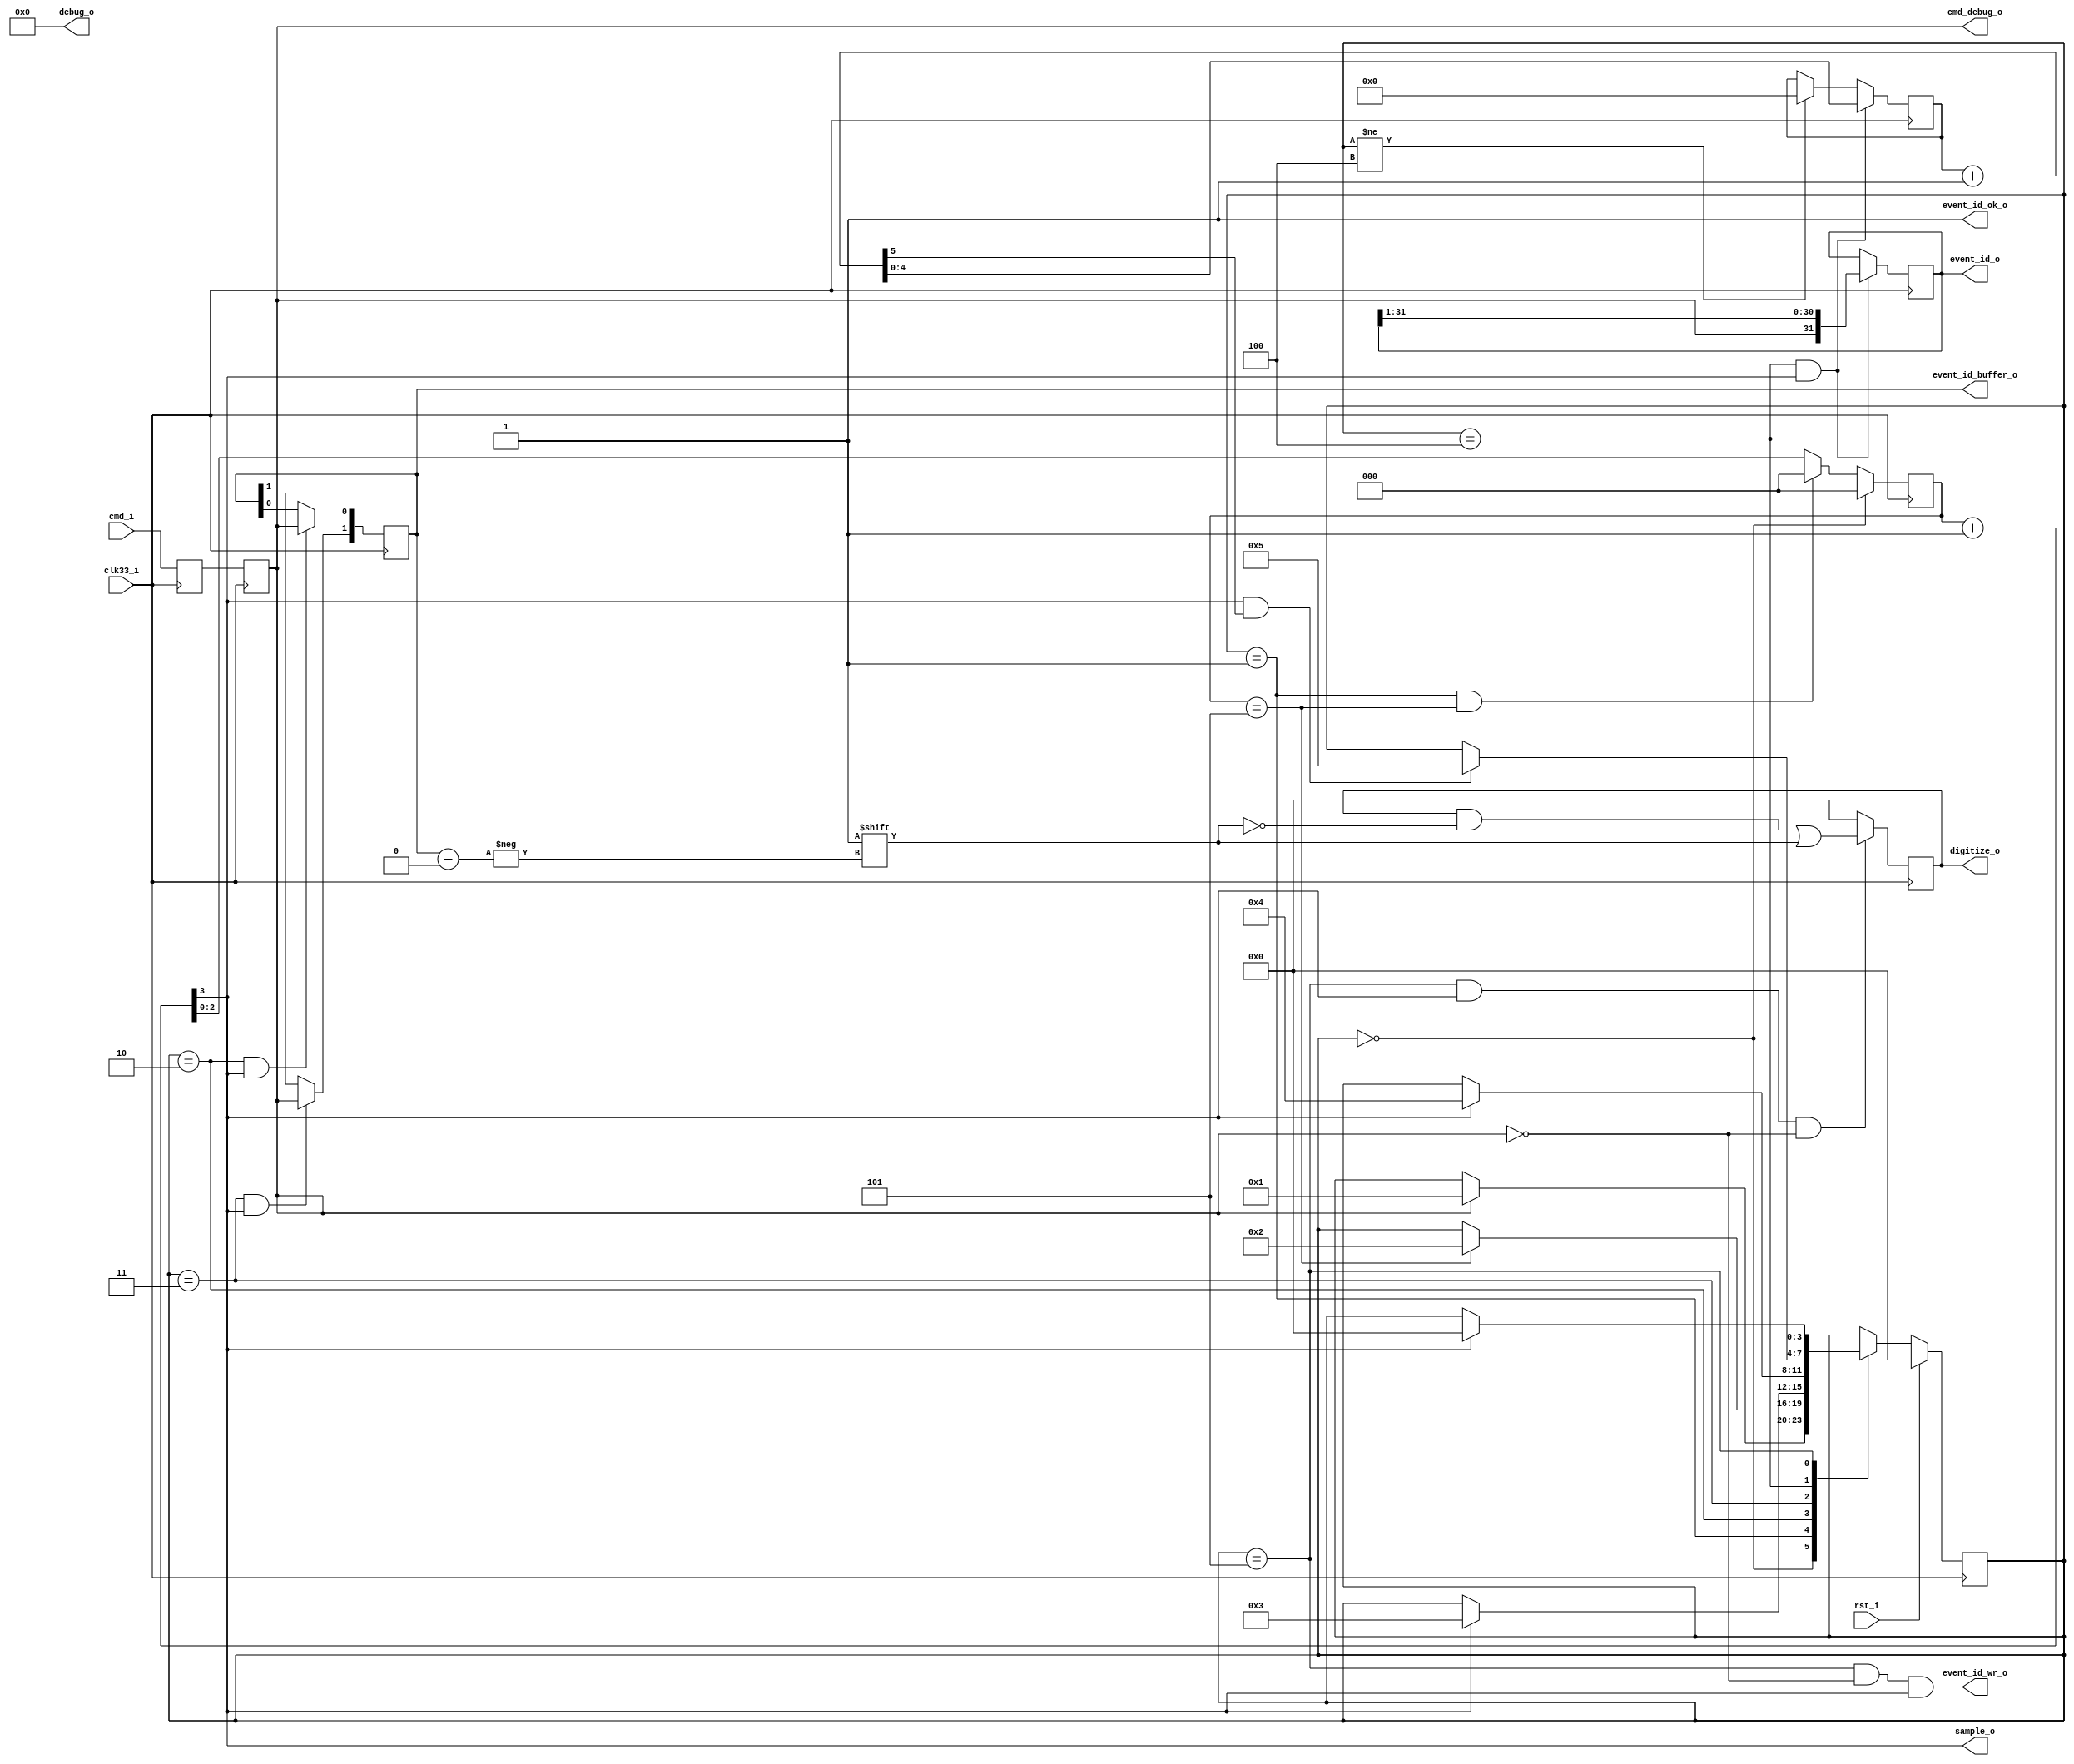
`timescale 1ns / 1ps
////////////////////////////////////////////////////////////////////////////////
// This file is a part of the Antarctic Impulsive Transient Antenna (ANITA)
// project, a collaborative scientific effort between multiple institutions. For
// more information, contact Peter Gorham (gorham@phys.hawaii.edu).
//
// All rights reserved.
//
// Author:
// Author:
////////////////////////////////////////////////////////////////////////////////
// The v2 version works at 1/8th the clock rate, to comfortably accept arbitrary
// jitter and phase difference between transmitter/receiver. 
module SURF_command_receiver_v2( 
				   input         clk33_i,
			      input 	    rst_i,
			      input 	    cmd_i,
					output		 cmd_debug_o,
					output		 sample_o,
					output		 event_id_ok_o,
			      output [1:0]  event_id_buffer_o,
			      output 	    event_id_wr_o,
			      output [31:0] event_id_o,
			      output [3:0]  digitize_o,
					output [8:0]  debug_o);
	localparam NCLOCK_BITS = 3;
	localparam NWAIT_CLOCKS = 6;
   (* IOB = "TRUE" *)
   reg 					    	 cmd_in = 0;
	reg							 cmd_in_sync = 0;
	
   reg [1:0] 				    buf_bit = {2{1'b0}};   
   reg [31:0] 				    shift_in = {32{1'b0}};   
   reg [4:0] 				    shift_counter = {5{1'b0}};
   wire [5:0] 				    shift_counter_plus_one = shift_counter + 1;
   reg [3:0] 				    digitize_flag = {4{1'b0}};   
	reg [NCLOCK_BITS-1:0] counter = {NCLOCK_BITS{1'b0}};
	wire [NCLOCK_BITS:0] counter_plus_one = counter + 1;
   
   always @(posedge clk33_i) begin : IOB_LOGIC
      cmd_in <= cmd_i;
		cmd_in_sync <= cmd_in;
	end

   localparam FSM_BITS = 4;
   localparam [FSM_BITS-1:0] IDLE = 0;
	localparam [FSM_BITS-1:0] WAIT = 1;
   localparam [FSM_BITS-1:0] BUF_BIT_0 = 2;
   localparam [FSM_BITS-1:0] BUF_BIT_1 = 3;
   localparam [FSM_BITS-1:0] SHIFT = 4;
   localparam [FSM_BITS-1:0] DIGITIZE = 5;
   reg [FSM_BITS-1:0] state = IDLE;

	// in IDLE, we jump to WAIT immediately.
	// Then we jump to BUF_BIT_0.
	// Then we wait 4 clocks before sampling and moving on.
	always @(posedge clk33_i) begin
		if (state == IDLE) counter <= {NCLOCK_BITS{1'b0}};
		else if (state == WAIT && counter == NWAIT_CLOCKS-1) counter <= {NCLOCK_BITS{1'b0}};
		else counter <= counter + 1;
	end
	
   always @(posedge clk33_i) begin : FSM_LOGIC
      if (rst_i) state <= IDLE;
      else begin
			case (state)
				IDLE: if (cmd_in_sync) state <= WAIT;
				WAIT: if (counter == NWAIT_CLOCKS-1) state <= BUF_BIT_0;
				BUF_BIT_0: if (counter_plus_one[NCLOCK_BITS]) state <= BUF_BIT_1;
				BUF_BIT_1: if (counter_plus_one[NCLOCK_BITS]) state <= SHIFT;
				SHIFT: if (counter_plus_one[NCLOCK_BITS] && shift_counter_plus_one[5]) state <= DIGITIZE;
				DIGITIZE: if (counter_plus_one[NCLOCK_BITS]) state <= IDLE;
			endcase // case (state)
		end
	end // always @ (posedge clk33_i)
   
   always @(posedge clk33_i) begin
      if (state == BUF_BIT_0 && counter_plus_one[NCLOCK_BITS]) buf_bit[0] <= cmd_in_sync;
      if (state == BUF_BIT_1 && counter_plus_one[NCLOCK_BITS]) buf_bit[1] <= cmd_in_sync;
      if (state == SHIFT && counter_plus_one[NCLOCK_BITS]) begin
			shift_in <= {cmd_in_sync,shift_in[31:1]};
      end

		if (state == SHIFT && counter_plus_one[NCLOCK_BITS]) shift_counter <= shift_counter_plus_one;
		else if (state != SHIFT) shift_counter <= {5{1'b0}};

      if (state == DIGITIZE && counter_plus_one[NCLOCK_BITS] && !cmd_in_sync) digitize_flag[buf_bit] <= 1;
      else digitize_flag <= {4{1'b0}};      
   end

   assign digitize_o = digitize_flag;
   assign event_id_o = shift_in;
   assign event_id_wr_o = (state == DIGITIZE && !cmd_in_sync && counter_plus_one[NCLOCK_BITS]);
   assign event_id_buffer_o = buf_bit;
	assign sample_o = counter_plus_one[NCLOCK_BITS];
	assign cmd_debug_o = cmd_in_sync;
	assign event_id_ok_o = 1;
	assign debug_o = {9{1'b0}};
endmodule // SURF_command_receiver